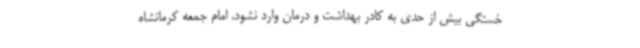
خستگی بیش از حدی به کادر بهداشت و درمان وارد نشود. امام جمعه کرمانشاه